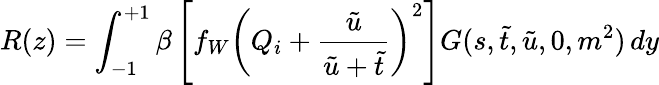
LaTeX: R(z)=\int_{-1}^{+1}\beta\left[f_{W}\left(Q_{i}+\frac{\tilde{u}}{\tilde{u}+\tilde{t}}\right)^{2}\right]G(s,\tilde{t},\tilde{u},0,m^{2})\, dy